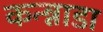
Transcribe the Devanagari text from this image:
कन्न्नाडा